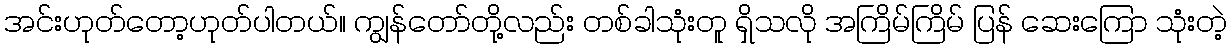
အင်းဟုတ်တော့ဟုတ်ပါတယ်။ ကျွန်တော်တို့လည်း တစ်ခါသုံးတူ ရှိသလို အကြိမ်ကြိမ် ပြန် ဆေးကြော သုံးတဲ့